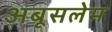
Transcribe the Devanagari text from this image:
अबूसलेम